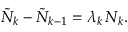
\tilde { N } _ { k } - \tilde { N } _ { k - 1 } = \lambda _ { k } \, N _ { k } .